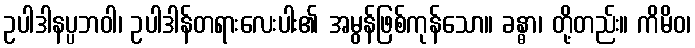
ဥပါဒါနပ္ပဘဝါ၊ ဥပါဒါန်တရားလေးပါး၏ အမွန်ဖြစ်ကုန်သော။ ခန္ဓာ၊ တို့တည်း။ ကိမိဝ၊